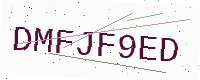
Text: DMFJF9ED